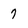
Character: 7